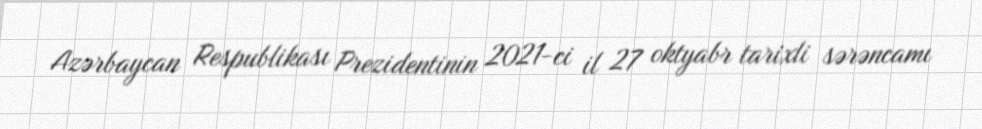
Azərbaycan Respublikası Prezidentinin 2021-ci il 27 oktyabr tarixli sərəncamı